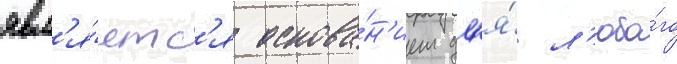
явл'я́етс'я основа́н'ием дл'я́ л'юбо́го